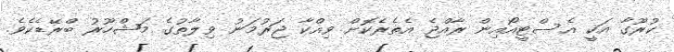
ކުރޫގާ އަކީ އެސްޓީއޯއިން ރާއްޖެ އެތެރެކޮށް ވިއްކާ ޖަރުމަނު ވިލާތުގެ މަޝްހޫރު ބްރޭޑެކެވެ.